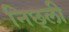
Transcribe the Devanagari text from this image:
निछ्ली